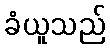
ခံယူသည်